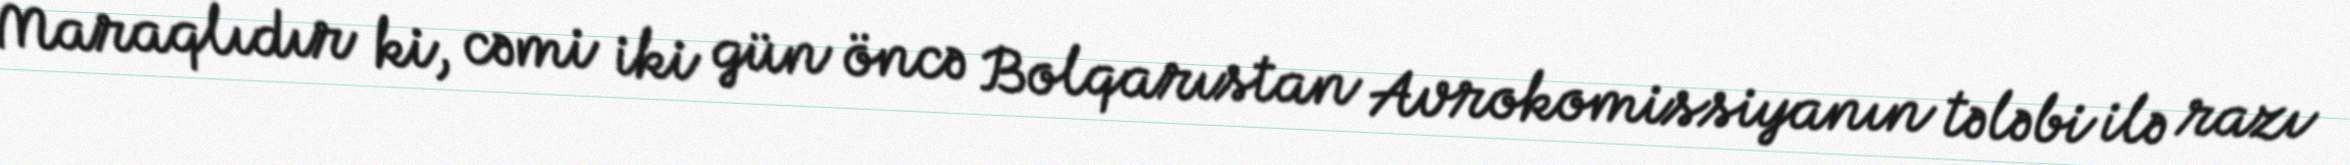
Maraqlıdır ki, cəmi iki gün öncə Bolqarıstan Avrokomissiyanın tələbi ilə razı